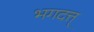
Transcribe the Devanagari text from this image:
भगदत्त्